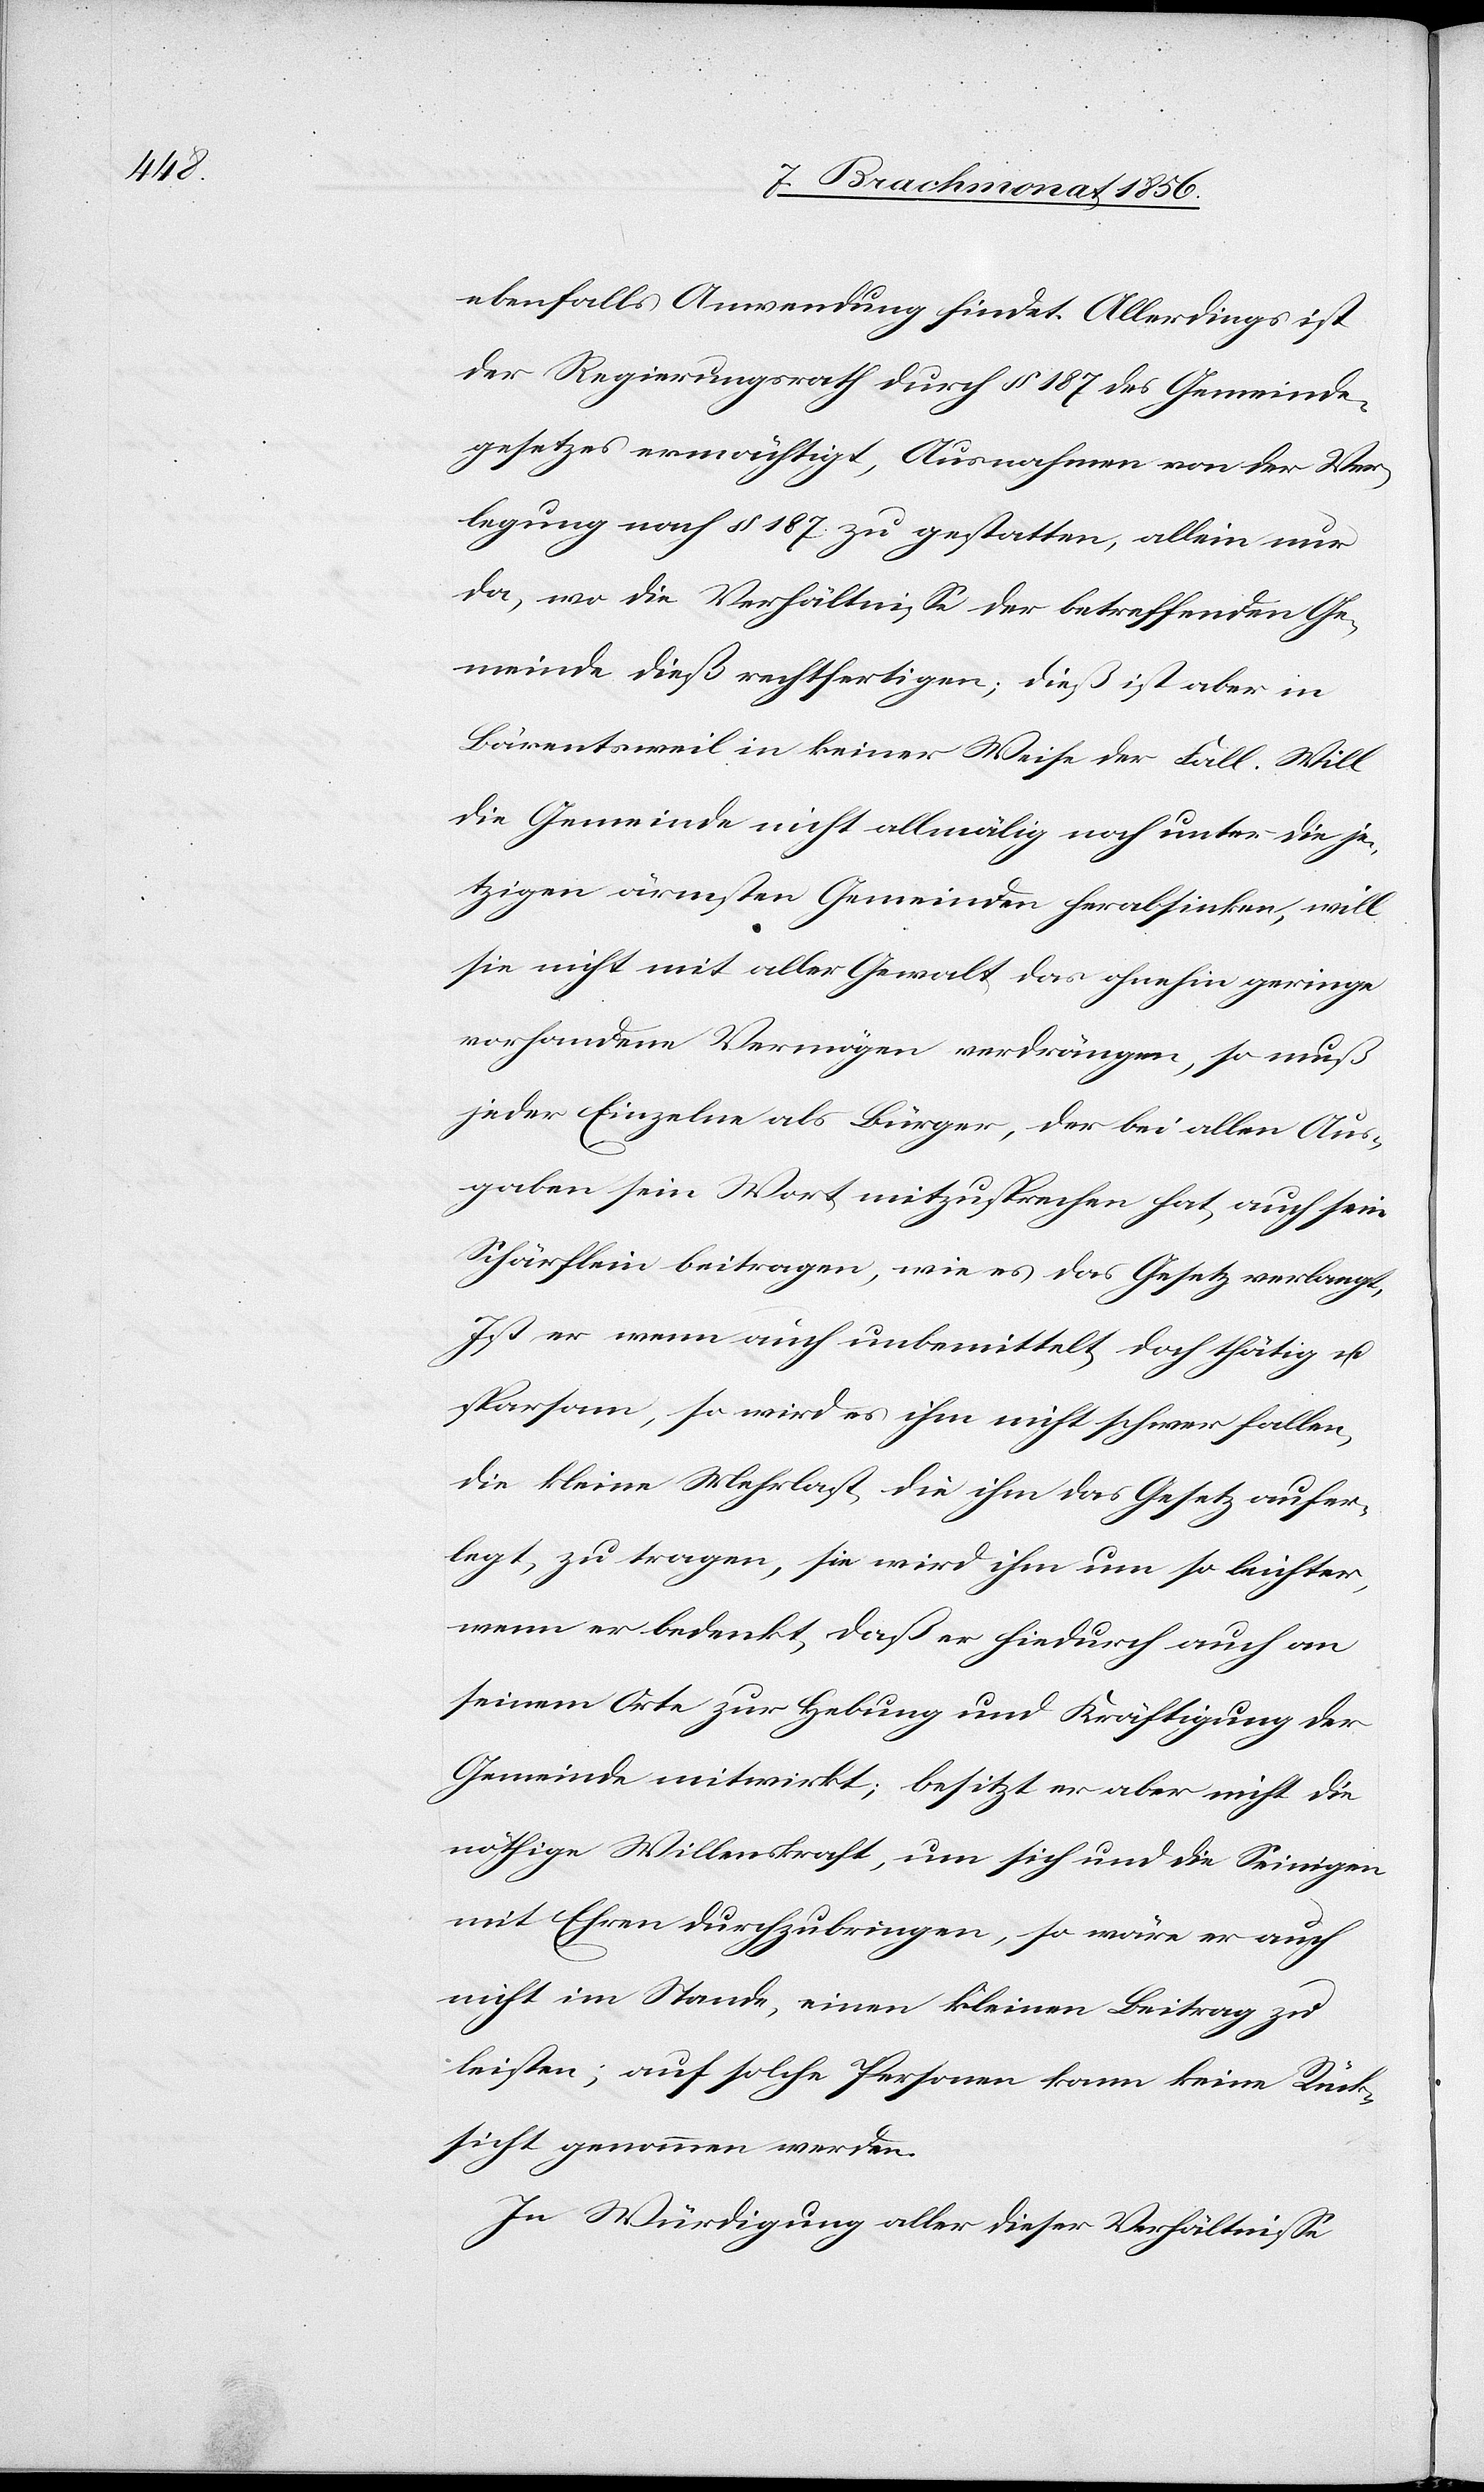
ebenfalls Anwendung findet. Allerdings ist
der Regierungsrath durch § 187 des Gemeinde¬
gesetzes ermächtigt, Ausnahmen von der Ver¬
legung nach § 187 zu gestatten, allein nur
da, wo die Verhältnisse der betreffenden Ge¬
meinde dieß rechtfertigen; dieß ist aber in
Bärentsweil in keiner Weise der Fall. Will
die Gemeinde nicht allmälig noch unter die je¬
tzigen ärmsten Gemeinden herabsinken, will
sie nicht mit aller Gewalt das ohnehin geringe
vorhandene Vermögen verdrängen, so muß
jeder Einzelne als Bürger, der bei allen Aus¬
gaben sein Wort mitzusprechen hat, auch sein
Schärflein beitragen, wie es das Gesetz verlangt,
Ist er wenn auch unbemittelt doch thätig u.
sparsam, so wird es ihm nicht schwer fallen,
die kleine Mehrlast, die ihm das Gesetz aufer¬
legt, zu tragen, sie wird ihm um so leichter,
wenn er bedenkt, daß er hiedurch auch an
seinem Orte zur Hebung und Kräftigung der
Gemeinde mitwirkt; besitzt er aber nicht die
nöthige Willenskraft, um sich und die Seinigen
mit Ehren durchzubringen, so wäre er auch
nicht im Stande, einen kleinen Beitrag zu
leisten; auf solche Personen kann keine Rück¬
sicht genommen werden.
In Würdigung aller dieser Verhältnisse